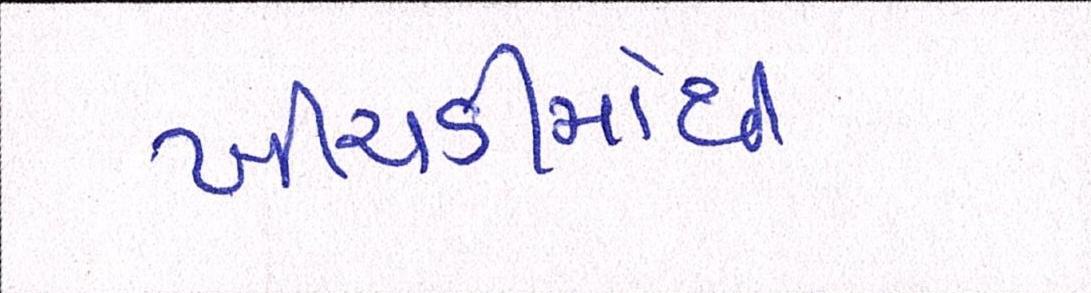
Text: ખીચડીમાંથી